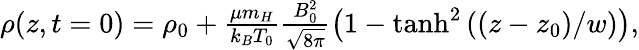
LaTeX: \begin{array}{r}{\rho(z,t=0)=\rho_{0}+\frac{\mu m_{H}}{k_{B}T_{0}}\frac{B_{0}^{2}}{\sqrt{8\pi}}\left(1-\operatorname{tanh}^{2}\left((z-z_{0})/w\right)\right),}\end{array}